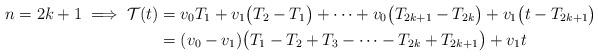
LaTeX: \begin{align*}n = 2k+1 \implies \mathcal{T}(t) &= v_0T_1+v_1\bigl(T_2-T_1\bigr) +\dots + v_0\bigl(T_{2k+1}-T_{2k}\bigr)+v_1\bigl(t-T_{2k+1}\bigr) \\&=(v_0-v_1)\bigl(T_1-T_2+T_3-\dots -T_{2k}+T_{2k+1} \bigr) +v_1t \end{align*}